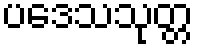
ပဒေသသုတ္တ